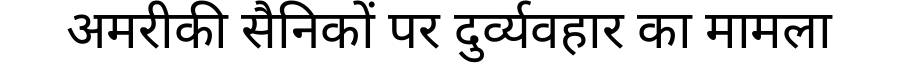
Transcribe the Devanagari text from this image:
अमरीकी सैनिकों पर दुर्व्यवहार का मामला